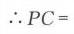
\(\therefore PC=\)